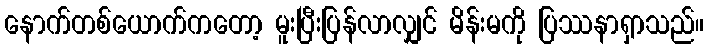
နောက်တစ်ယောက်ကတော့ မူးပြီးပြန်လာလျှင် မိန်းမကို ပြဿနာရှာသည်။